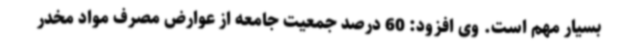
بسیار مهم است. وی افزود: 60 درصد جمعیت جامعه از عوارض مصرف مواد مخدر